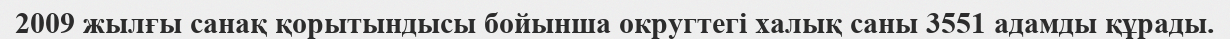
2009 жылғы санақ қорытындысы бойынша округтегі халық саны 3551 адамды құрады.